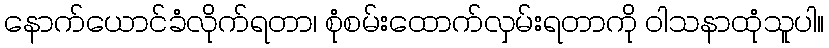
နောက်ယောင်ခံလိုက်ရတာ၊ စုံစမ်းထောက်လှမ်းရတာကို ဝါသနာထုံသူပါ။